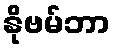
နိုဗမ်ဘာ